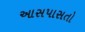
આસપાસતો